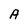
Character: A